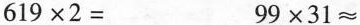
$$6 1 9 \times 2 =$$$$9 9 \times 3 1 ≈$$